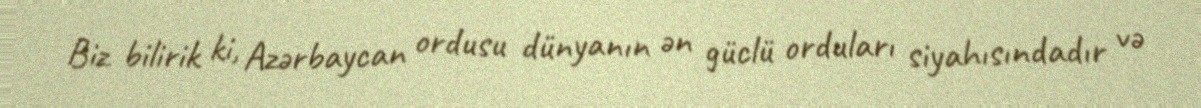
Biz bilirik ki, Azərbaycan ordusu dünyanın ən güclü orduları siyahısındadır və